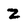
Character: Z